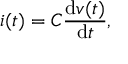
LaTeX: i ( t ) = C { \frac { \mathrm { d } v ( t ) } { \mathrm { d } t } } ,